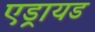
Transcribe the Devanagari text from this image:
एड्रायड